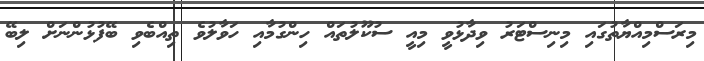
މިރަސްމިއްޔާތުގައި މިނިސްޓަރު ވިދާޅުވީ މިއީ ސުކޫލުތައް ހިންގުމާއި ހަވާލުވެ ތިއްބެވި ބޭފުޅުންނަށް ލިބޭ